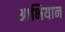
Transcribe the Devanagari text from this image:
आभियान